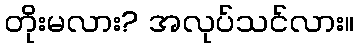
တိုးမလား? အလုပ်သင်လား။